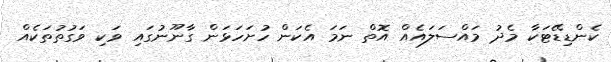
ކެންޑިޑޭޓަކާ މެދު މައްސަލައެއް އޮތް ނަމަ އެކަން ހުށަހަޅަން ގާނޫނުގައި ވަކި ވަގުތުތަކެއް